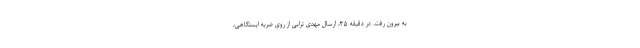
به بیرون رفت. در دقیقه ۳۵، ارسال مهدی ترابی از روی ضربه ایستگاهی،